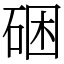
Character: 硱